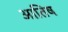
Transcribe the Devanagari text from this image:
आतिष